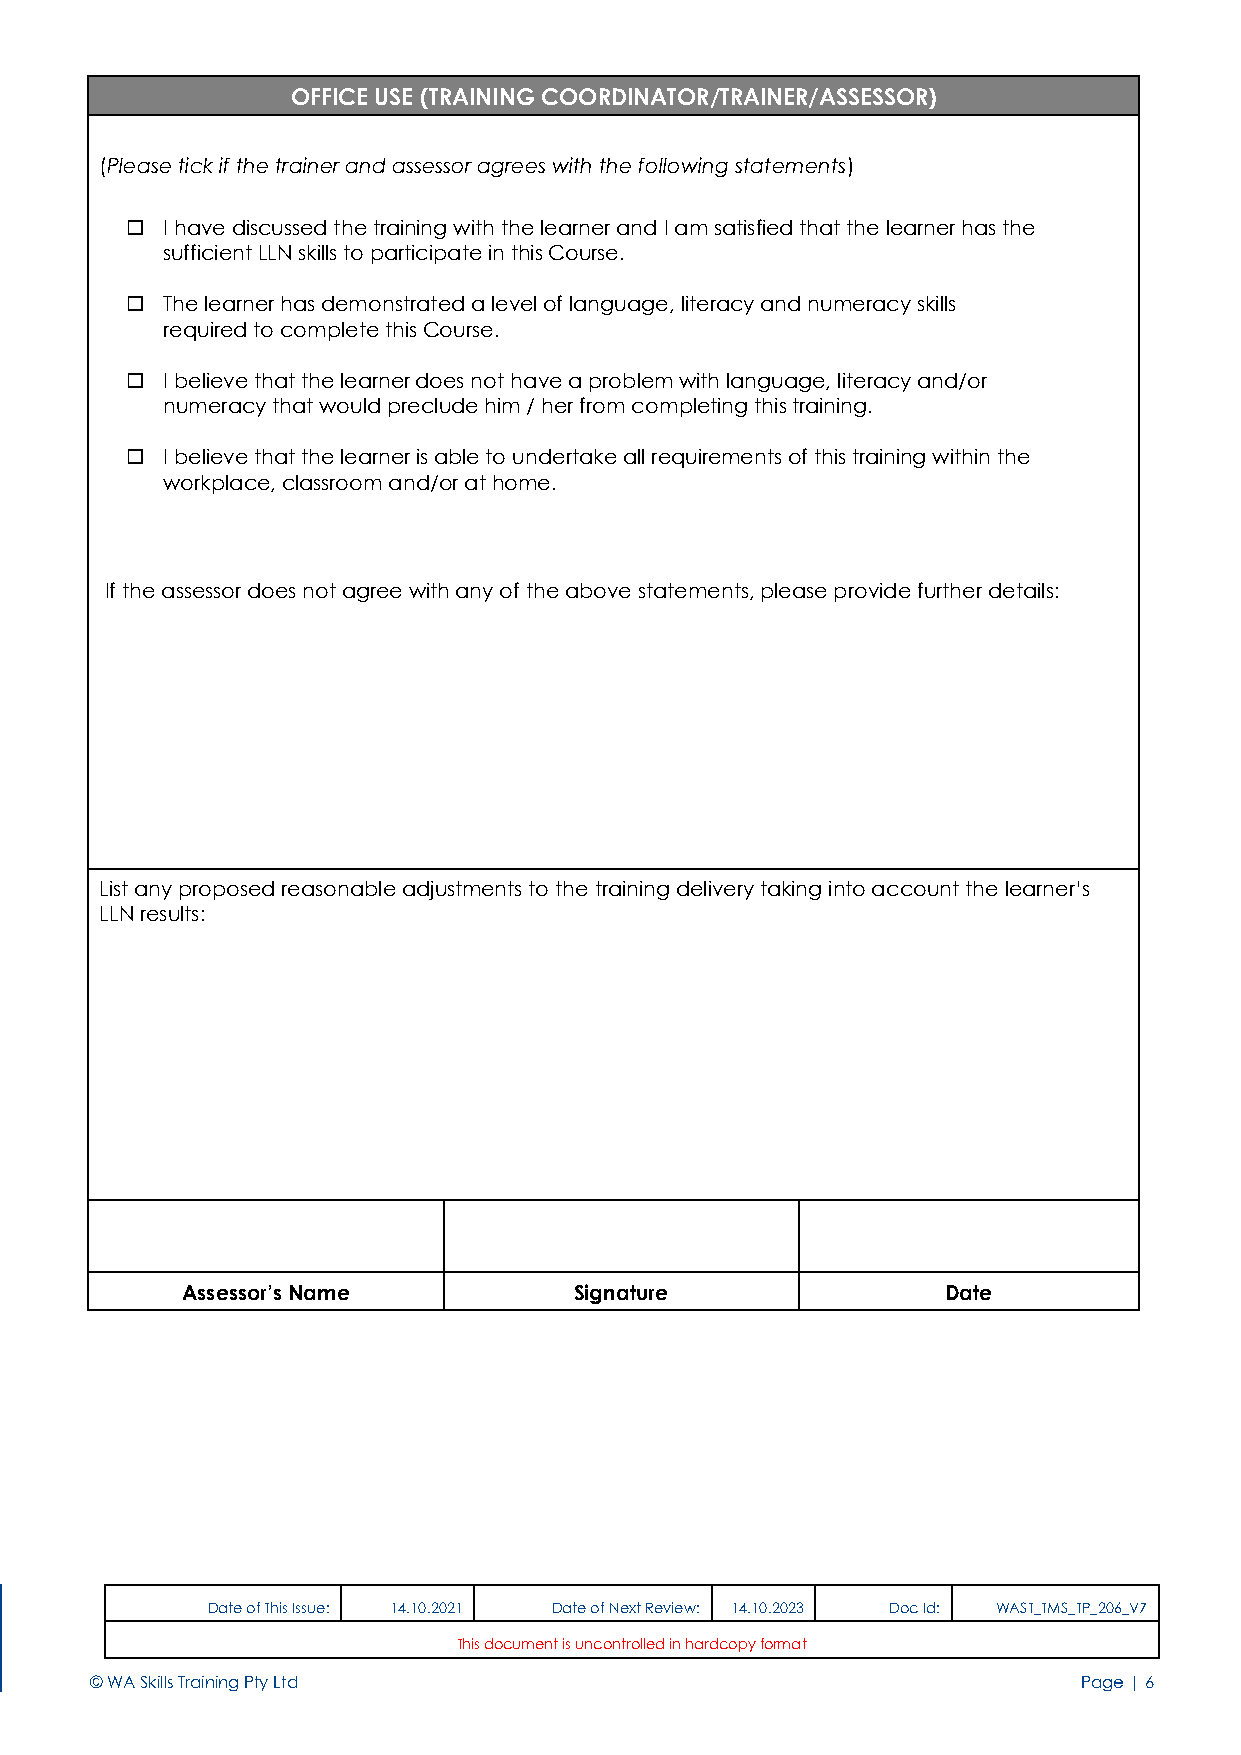
OFFICE USE (TRAINING COORDINATOR/TRAINER/ASSESSOR)
 (Please tick if the trainer and assessor agrees with the following statements)
   I have discussed the training with the learner and I am satisfied that the learner has the
 sufficient LLN skills to participate in this Course.
   The learner has demonstrated a level of language, literacy and numeracy skills
 required to complete this Course.
   I believe that the learner does not have a problem with language, literacy and/or
 numeracy that would preclude him / her from completing this training.
   I believe that the learner is able to undertake all requirements of this training within the
 workplace, classroom and/or at home.
 If the assessor does not agree with any of the above statements, please provide further details:
 List any proposed reasonable adjustments to the training delivery taking into account the learner’s
 LLN results:
 Assessor’s Name           Signature                Date
 6             Date of This Issue: 14.10.2021 Date of Next Review: 14.10.2023 Doc Id: WAST_TMS_TP_206_V7
 This document is uncontrolled in hardcopy format
 © WA Skills Training Pty Ltd                                      Page | 6